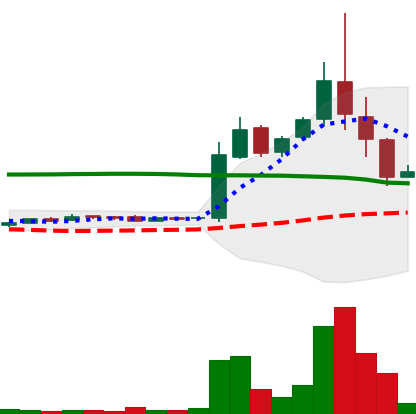
Ticker: LTC-USD
Chart end date: 2015-11-07
Forward return: -8.896%
Label: down_7plus